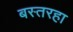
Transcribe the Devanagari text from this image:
बस्तरहा